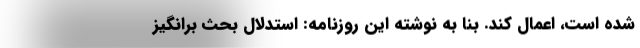
شده است، اعمال کند. بنا به نوشته این روزنامه: استدلال بحث برانگیز